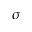
\sigma